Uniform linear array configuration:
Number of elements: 12
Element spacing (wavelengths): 1
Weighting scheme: kaiser
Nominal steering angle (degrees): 15
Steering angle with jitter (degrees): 14.084
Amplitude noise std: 0.05
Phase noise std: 0.05

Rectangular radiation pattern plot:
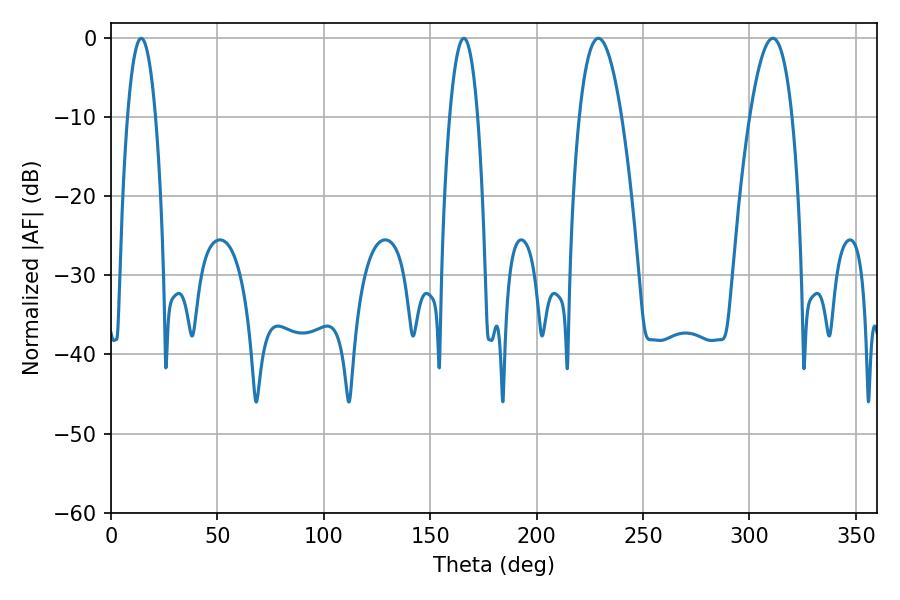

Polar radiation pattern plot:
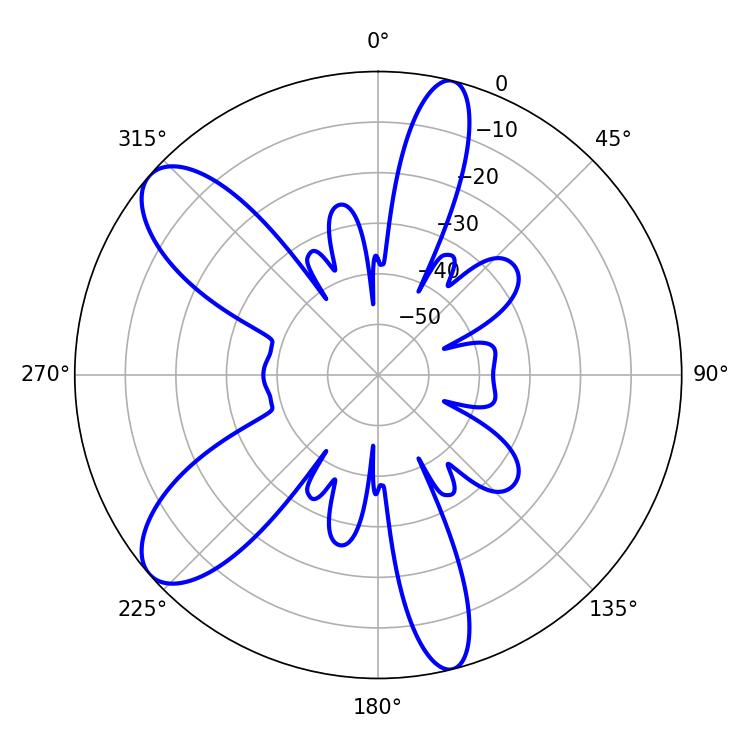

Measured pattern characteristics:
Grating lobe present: TRUE
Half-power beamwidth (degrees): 7.2
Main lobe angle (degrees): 14.22